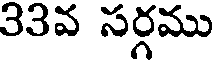
33వ సర్గము